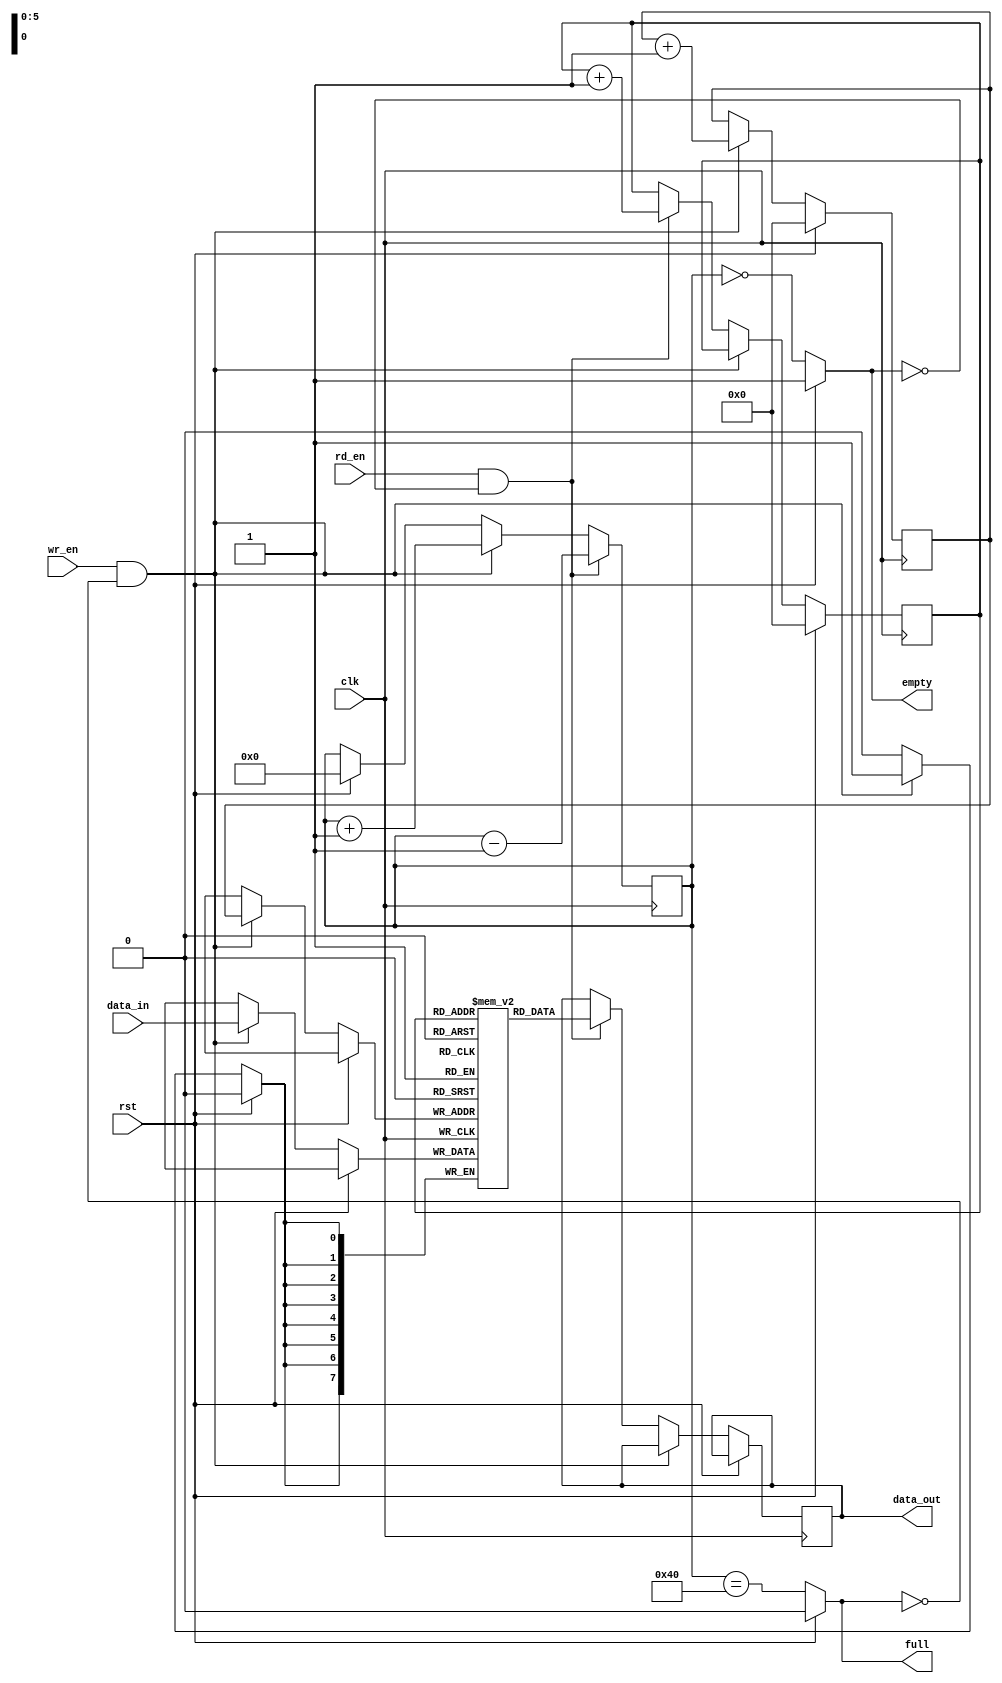
// This program was cloned from: https://github.com/Revenantx86/uart
// License: MIT License

module fifo #
(
    parameter D_W = 8,
    parameter DEPTH = 64
)
(
    input clk,                          // Clock input
    input rst,                          // Reset input
    input wr_en,                        // Write enable
    input rd_en,                        // Read enable
    input [D_W-1:0] data_in,            // Data input
    output reg [D_W-1:0] data_out,      // Data output
    output reg full,                    // FIFO full flag
    output reg empty                    // FIFO empty flag
);

// FIFO memory array
reg [D_W-1:0] fifo_mem[DEPTH-1:0];

// Read and write pointers
reg [$clog2(DEPTH)-1:0] write_pointer, read_pointer;

// Counter to keep track of the number of items in the FIFO
reg [$clog2(DEPTH):0] count;

// Write operation
//
always @(posedge clk) begin
    //
    if (rst) begin
        write_pointer <= 0;
        read_pointer <= 0;
        count <= 0;
    end 
    //
    else if (wr_en && !full) begin
        fifo_mem[write_pointer] <= data_in;
        write_pointer <= write_pointer + 1;
    end 
    //
    else if (rd_en && !empty) begin
        data_out <= fifo_mem[read_pointer];
        read_pointer <= read_pointer + 1;
    end
    //
    if (wr_en && !full) begin
        count <= count + 1;
    end
    //
    if (rd_en && !empty) begin
        count <= count - 1;
    end
    //
end
//
// FIFO full and empty logic
always @(*) begin
    if(rst) begin
        full = 0;
        empty = 1;
    end
    else begin
        full = (count == DEPTH);
        empty = (count == 0);
    end
end
//
endmodule